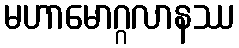
မဟာမောဂ္ဂလာနဿ